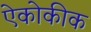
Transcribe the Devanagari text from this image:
ऐकोकीक